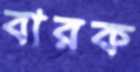
বারক